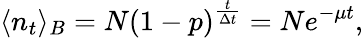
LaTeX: \langle n_{t}\rangle_{B}=N\left(1-p\right)^{\frac{t}{\Delta t}}=Ne^{-\mu t},